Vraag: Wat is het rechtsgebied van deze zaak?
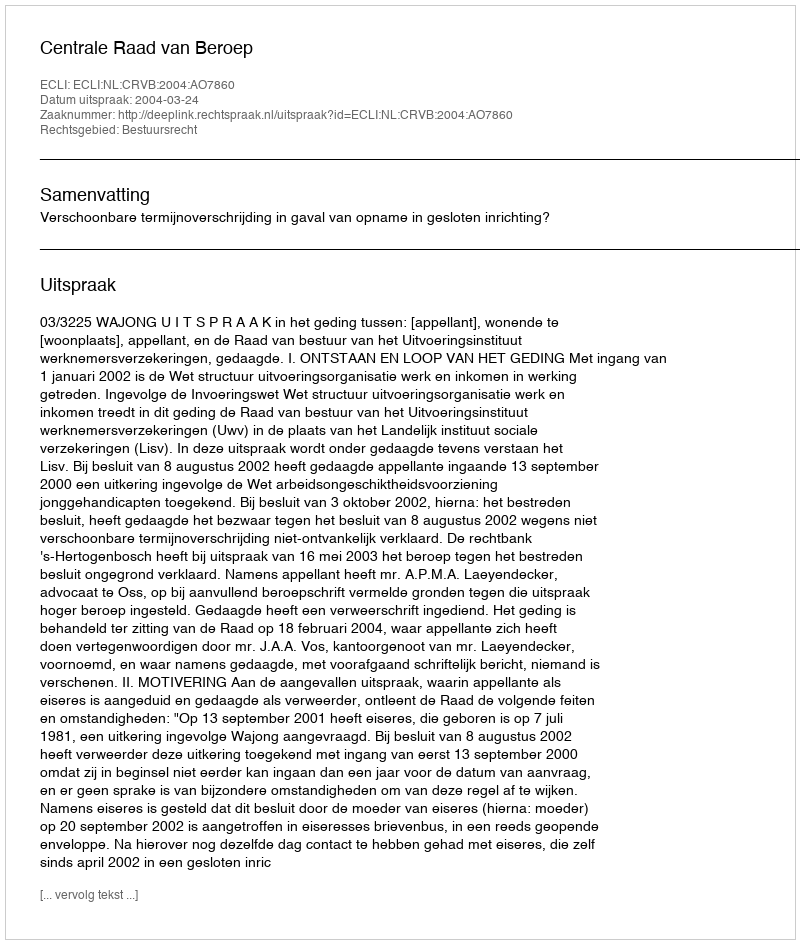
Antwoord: Bestuursrecht